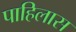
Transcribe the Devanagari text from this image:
पाहिलास